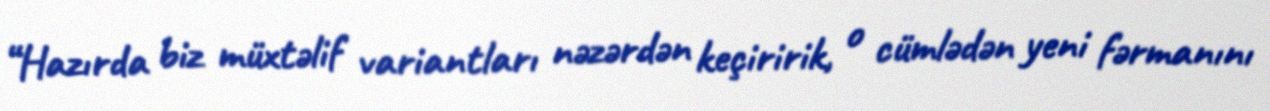
“Hazırda biz müxtəlif variantları nəzərdən keçiririk, o cümlədən yeni fərmanını